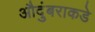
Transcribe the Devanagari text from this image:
औदुंबराकडे